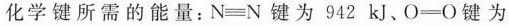
化学键所需的能量：$$N\equiv N$$ 键为942kJ、O\equiv O键为